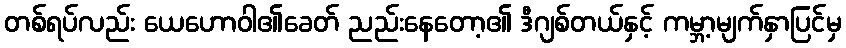
တစ်ရပ်လည်း ယေဟောဝါ၏ခေတ် ညည်းနေတော့၏ ဒီဂျစ်တယ်နှင့် ကမ္ဘာ့မျက်နှာပြင်မှ